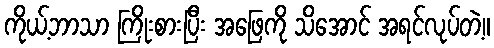
ကိုယ့်ဘာသာ ကြိုးစားပြီး အဖြေကို သိအောင် အရင်လုပ်တဲ့။